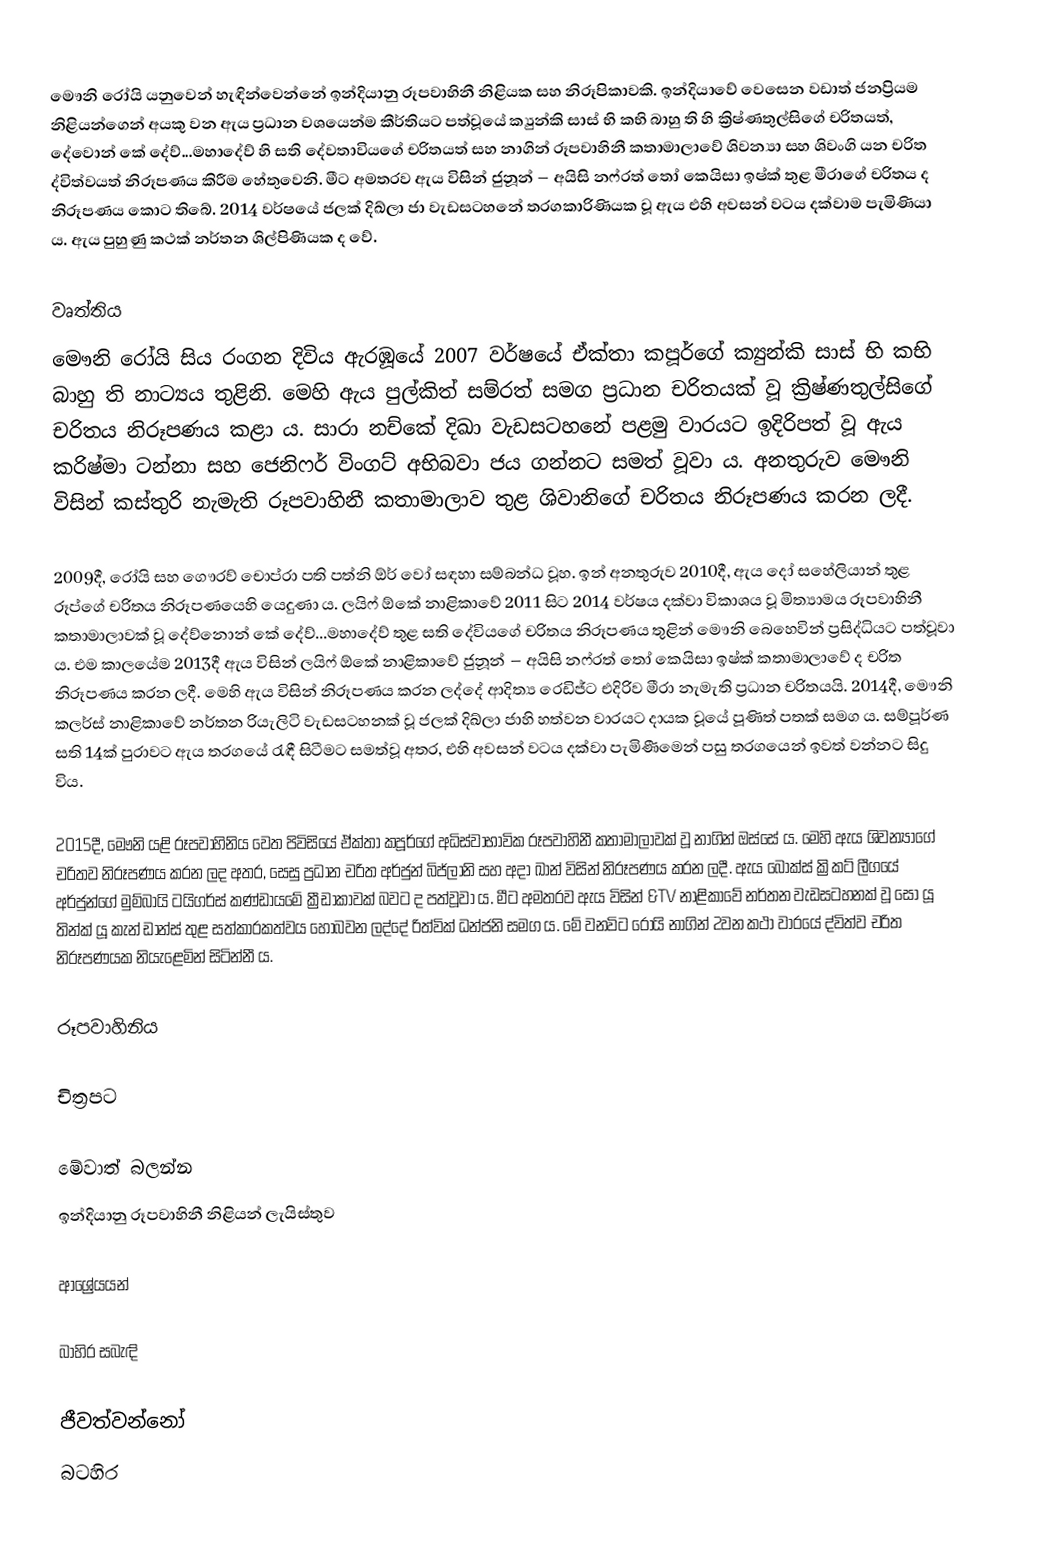
මෞනි රෝයි යනුවෙන් හැඳින්වෙන්නේ ඉන්දියානු රූපවාහිනී නිළියක සහ නිරූපිකාවකි. ඉන්දියාවේ වෙසෙන වඩාත් ජනප්‍රියම නිළියන්ගෙන් අයකු වන ඇය ප්‍රධාන වශයෙන්ම කීර්තියට පත්වූයේ ක්‍යුන්කි සාස් භි කභි බාහු ති හි ක්‍රිෂ්ණතුල්සිගේ චරිතයත්, දේවොන් කේ දේව්...මහාදේව් හි සති දේවතාවියගේ චරිතයත් සහ නාගින් රූපවාහිනී කතාමාලාවේ ශිවන්‍යා සහ ශිවංගි යන චරිත ද්විත්වයත් නිරූපණය කිරීම හේතුවෙනි. මීට අමතරව ඇය විසින් ජුනූන් – අයිසි නෆ්රත් තෝ කෙයිසා ඉෂ්ක් තුළ මීරාගේ චරිතය ද නිරූපණය කොට තිබේ. 2014 වර්ෂයේ ජලක් දිඛ්ලා ජා වැඩසටහනේ තරගකාරිණියක වූ ඇය එහි අවසන් වටය දක්වාම පැමිණියා ය. ඇය පුහුණු කථක් නර්තන ශිල්පිණියක ද වේ.

වෘත්තිය
මෞනි රෝයි සිය රංගන දිවිය ඇරඹූයේ 2007 වර්ෂයේ ඒක්තා කපූර්ගේ ක්‍යුන්කි සාස් භි කභි බාහු ති නාට්‍යය තුළිනි. මෙහි ඇය පුල්කිත් සම්රත් සමග ප්‍රධාන චරිතයක් වූ ක්‍රිෂ්ණතුල්සිගේ චරිතය නිරූපණය කළා ය. සාරා නච්කේ දිඛා වැඩසටහනේ පළමු වාරයට ඉදිරිපත් වූ ඇය කරිෂ්මා ටන්නා සහ ජෙනිෆර් විංගට් අභිබවා ජය ගන්නට සමත් වූවා ය. අනතුරුව මෞනි විසින් කස්තුරි නැමැති රූපවාහිනී කතාමාලාව තුළ ශිවානිගේ චරිතය නිරූපණය කරන ලදී.

2009දී, රෝයි සහ ගෞරව් චොප්රා පති පත්නි ඕර් වෝ සඳහා සම්බන්ධ වූහ. ඉන් අනතුරුව 2010දී, ඇය දෝ සහේලියාන් තුළ රූප්ගේ චරිතය නිරූපණයෙහි යෙදුණා ය. ලයිෆ් ඕකේ නාළිකාවේ 2011 සිට 2014 වර්ෂය දක්වා විකාශය වූ මිත්‍යාමය රූපවාහිනී කතාමාලාවක් වූ දේව්නොන් කේ දේව්...මහාදේව් තුළ සති දේවියගේ චරිතය නිරූපණය තුළින් මෞනි බෙහෙවින් ප්‍රසිද්ධියට පත්වූවා ය. එම කාලයේම 2013දී ඇය විසින් ලයිෆ් ඕකේ නාළිකාවේ ජුනූන් – අයිසි නෆ්රත් තෝ කෙයිසා ඉෂ්ක් කතාමාලාවේ ද චරිත නිරූපණය කරන ලදී. මෙහි ඇය විසින් නිරූපණය කරන ලද්දේ ආදිත්‍ය රෙඩිජ්ට එදිරිව මීරා නැමැති ප්‍රධාන චරිතයයි. 2014දී, මෞනි කලර්ස් නාළිකාවේ නර්තන රියැලිටි වැඩසටහනක් වූ ජලක් දිඛ්ලා ජාහි හත්වන වාරයට දායක වූයේ පූණිත් පතක් සමග ය. සම්පූර්ණ සති 14ක් පුරාවට ඇය තරගයේ රැඳී සිටීමට සමත්වූ අතර, එහි අවසන් වටය දක්වා පැමිණීමෙන් පසු තරගයෙන් ඉවත් වන්නට සිදු විය.

2015දී, මෞනි යළි රූපවාහිනිය වෙත පිවිසියේ ඒක්තා කපූර්ගේ අධිස්වාභාවික රූපවාහිනී කතාමාලාවක් වූ නාගින් ඔස්සේ ය. මෙහි ඇය ශිවන්‍යාගේ චරිතව නිරූපණය කරන ලද අතර, සෙසු ප්‍රධාන චරිත අර්ජුන් බිජ්ලානි සහ අදා ඛාන් විසින් නිරූපණය කරන ලදී. ඇය බොක්ස් ක්‍රිකට් ලීගයේ අර්ජුන්ගේ මුම්බායි ටයිගර්ස් කණ්ඩායමේ ක්‍රීඩාකාවක් බවට ද පත්වූවා ය. මීට අමතරව ඇය විසින් &TV නාළිකාවේ නර්තන වැඩසටහනක් වූ සෝ යූ තින්ක් යූ කැන් ඩාන්ස් තුළ සත්කාරකත්වය හොබවන ලද්දේ රිත්වික් ධන්ජනි සමග ය. මේ වනවිට රෝයි නාගින් 2වන කථා වාරයේ ද්විත්ව චරිත නිරූපණයක නියැළෙමින් සිටින්නී ය.

රූපවාහිනිය

චිත්‍රපට

මේවාත් බලන්න
ඉන්දියානු රූපවාහිනී නිළියන් ලැයිස්තුව

ආශ්‍රේයයන්

බාහිර සබැඳි

ජීවත්වන්නෝ
බටහිර